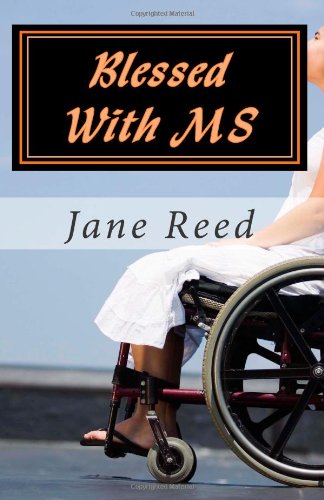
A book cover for Blessed With MS: How God Used Multiple Sclerosis to Save My Life; Jane Reed; Health, Fitness & Dieting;